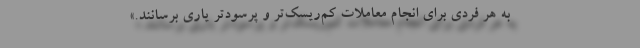
به هر فردی برای انجام معاملات کم‌ریسک‌تر و پرسودتر یاری برسانند.»